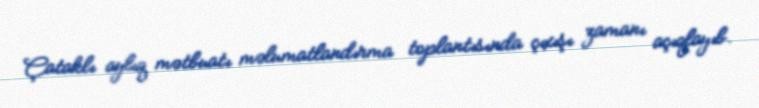
Çataklı aylıq mətbuatı məlumatlandırma toplantısında çıxışı zamanı açıqlayıb.